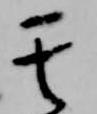
其